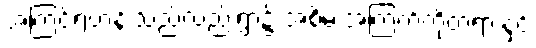
အကြင်ရဟန်းသည်လည်းရွာ၌ အစိမ်းအကြက်ကိုတရားနှင့်